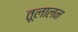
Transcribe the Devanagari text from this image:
तूलालन